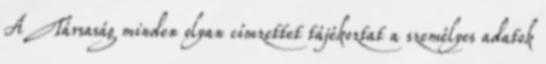
A Társaság minden olyan címzettet tájékoztat a személyes adatok